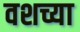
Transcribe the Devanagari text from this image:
वशच्या